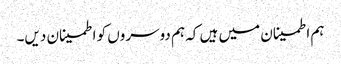
ہم اطمینان میں ہیں کہ ہم دوسروں کو اطمینان دیں۔